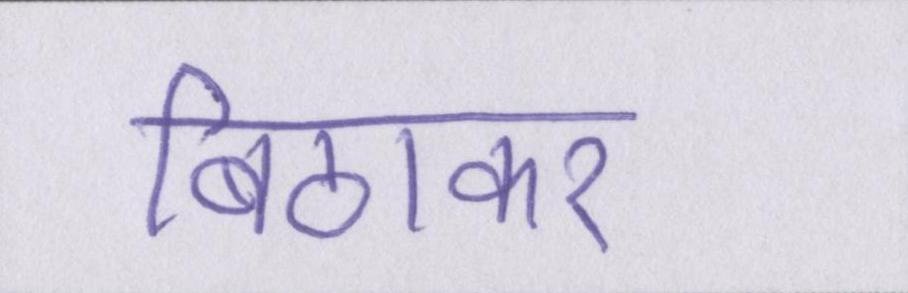
बिठाकर